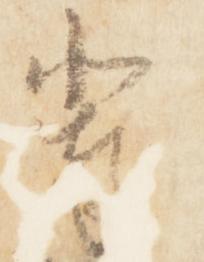
輩